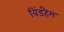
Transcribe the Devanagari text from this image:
विंडहैम